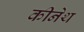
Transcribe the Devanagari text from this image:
कीनेथ